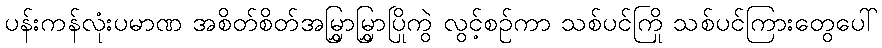
ပန်းကန်လုံးပမာဏ အစိတ်စိတ်အမြွှာမြွှာပြိုကွဲ လွင့်စဉ်ကာ သစ်ပင်ကြို သစ်ပင်ကြားတွေပေါ်